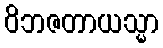
ဝိဘဇတာယသ္မာ